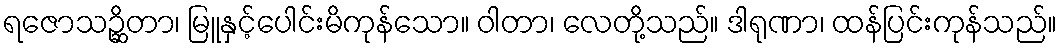
ရဇောသဉ္ဆိတာ၊ မြူနှင့်ပေါင်းမိကုန်သော။ ဝါတာ၊ လေတို့သည်။ ဒါရုဏာ၊ ထန်ပြင်းကုန်သည်။